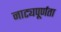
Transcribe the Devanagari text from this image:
नाट्यपूर्णता